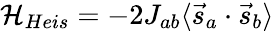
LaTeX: {\mathcal{H}}_{Heis}=-2J_{ab}\langle{\vec{s}}_{a}\cdot{\vec{s}}_{b}\rangle